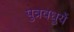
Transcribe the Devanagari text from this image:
पुत्रवधुयें